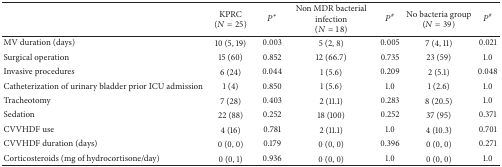
<table><thead><tr><td><b> </b></td><td><b>KPRC(<i>N</i> = 25)</b></td><td><b><i>P</i>*</b></td><td><b>Non MDR bacterial infection(<i>N</i> = 18)</b></td><td><b><i>P</i><sup>#</sup></b></td><td><b>No bacteria group(<i>N</i> = 39)</b></td><td><b><i>P</i><sup>#</sup></b></td></tr></thead><tbody><tr><td>MV duration (days)</td><td>10 (5, 19)</td><td>0.003</td><td>5 (2, 8)</td><td>0.005</td><td>7 (4, 11)</td><td>0.021</td></tr><tr><td>Surgical operation</td><td>15 (60)</td><td>0.852</td><td>12 (66.7)</td><td>0.735</td><td>23 (59)</td><td>1.0</td></tr><tr><td>Invasive procedures</td><td>6 (24)</td><td>0.044</td><td>1 (5.6)</td><td>0.209</td><td>2 (5.1)</td><td>0.048</td></tr><tr><td>Catheterization of urinary bladder prior ICU admission</td><td>1 (4)</td><td>0.850</td><td>1 (5.6)</td><td>1.0</td><td>1 (2.6)</td><td>1.0</td></tr><tr><td>Tracheotomy</td><td>7 (28)</td><td>0.403</td><td>2 (11.1)</td><td>0.283</td><td>8 (20.5)</td><td>1.0</td></tr><tr><td>Sedation</td><td>22 (88)</td><td>0.252</td><td>18 (100)</td><td>0.252</td><td>37 (95)</td><td>0.371</td></tr><tr><td>CVVHDF use</td><td>4 (16)</td><td>0.781</td><td>2 (11.1)</td><td>1.0</td><td>4 (10.3)</td><td>0.701</td></tr><tr><td>CVVHDF duration (days)</td><td>0 (0, 0)</td><td>0.179</td><td>0 (0, 0)</td><td>0.396</td><td>0 (0, 0)</td><td>0.271</td></tr><tr><td>Corticosteroids (mg of hydrocortisone/day)</td><td>0 (0, 1)</td><td>0.936</td><td>0 (0, 0)</td><td>1.0</td><td>0 (0, 0)</td><td>1.0</td></tr></tbody></table>